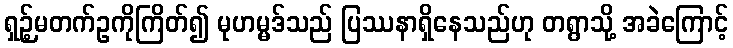
ရှဉ့်မတက်ဥကိုကြိတ်၍ မုဟမ္မဒ်သည် ပြဿနာရှိနေသည်ဟု တရွာသို့ အခဲကြောင့်